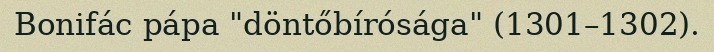
Bonifác pápa "döntőbírósága" (1301–1302).